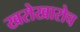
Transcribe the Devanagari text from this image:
खरोखारोच